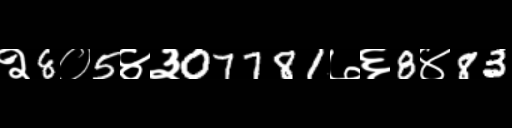
Text: २8०5४३07781७६8४83